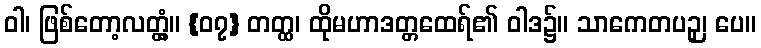
ဝါ၊ ဖြစ်တော့လတ္တံ့။ {၀၇} တတ္ထ၊ ထိုမဟာဒတ္တထေရ်၏ ဝါဒ၌။ သာကေတပဉှ၊ ပေ။